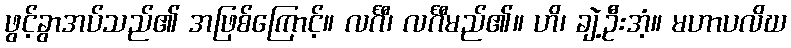
ဖွင့်ခွာအပ်သည်၏ အဖြစ်ကြောင့်။ လင်္ဂီ၊ လင်္ဂီမည်၏။ ဟိ၊ ချဲ့ဦးအံ့။ မဟာပလိဃ